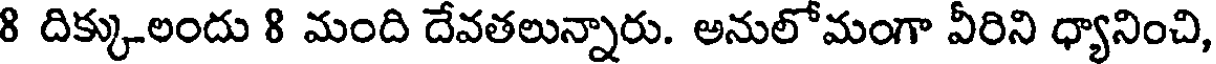
8 దిక్కులందు 8 మంది దేవతలున్నారు. అనులోమంగా వీరిని ధ్యానించి,